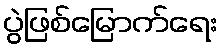
ပွဲဖြစ်မြောက်ရေး